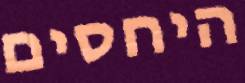
היחסים